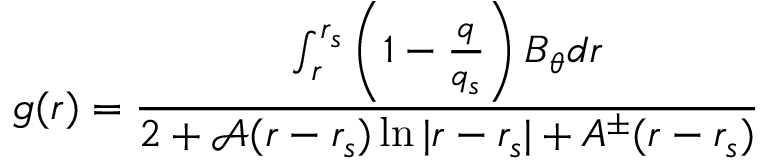
g ( r ) = \frac { \int _ { r } ^ { r _ { s } } \left( 1 - \frac { q } { q _ { s } } \right) B _ { \theta } d r } { 2 + \mathcal { A } ( r - r _ { s } ) \ln { | r - r _ { s } | } + A ^ { \pm } ( r - r _ { s } ) }